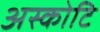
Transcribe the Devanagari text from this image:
अस्कोटि